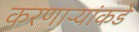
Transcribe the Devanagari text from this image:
करणाऱ्यांकडे